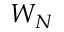
W _ { N }